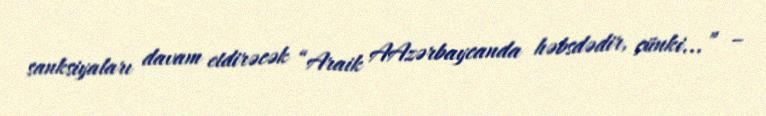
sanksiyaları davam etdirəcək “Araik AAzərbaycanda həbsdədir, çünki...” –